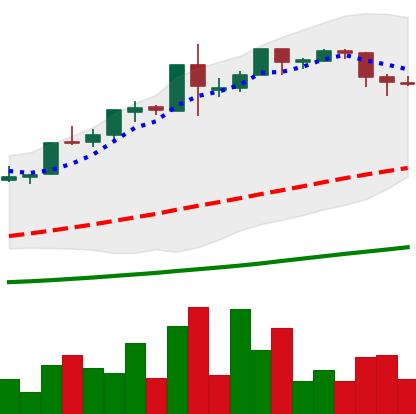
Ticker: BTC-USD
Chart end date: 2015-12-22
Forward return: -3.149%
Label: down_3_5